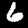
Label: 6